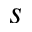
s